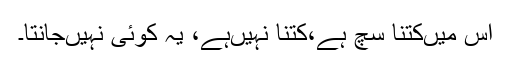
اس میںکتنا سچ ہے،کتنا نہیںہے، یہ کوئی نہیںجانتا۔